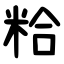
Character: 粭